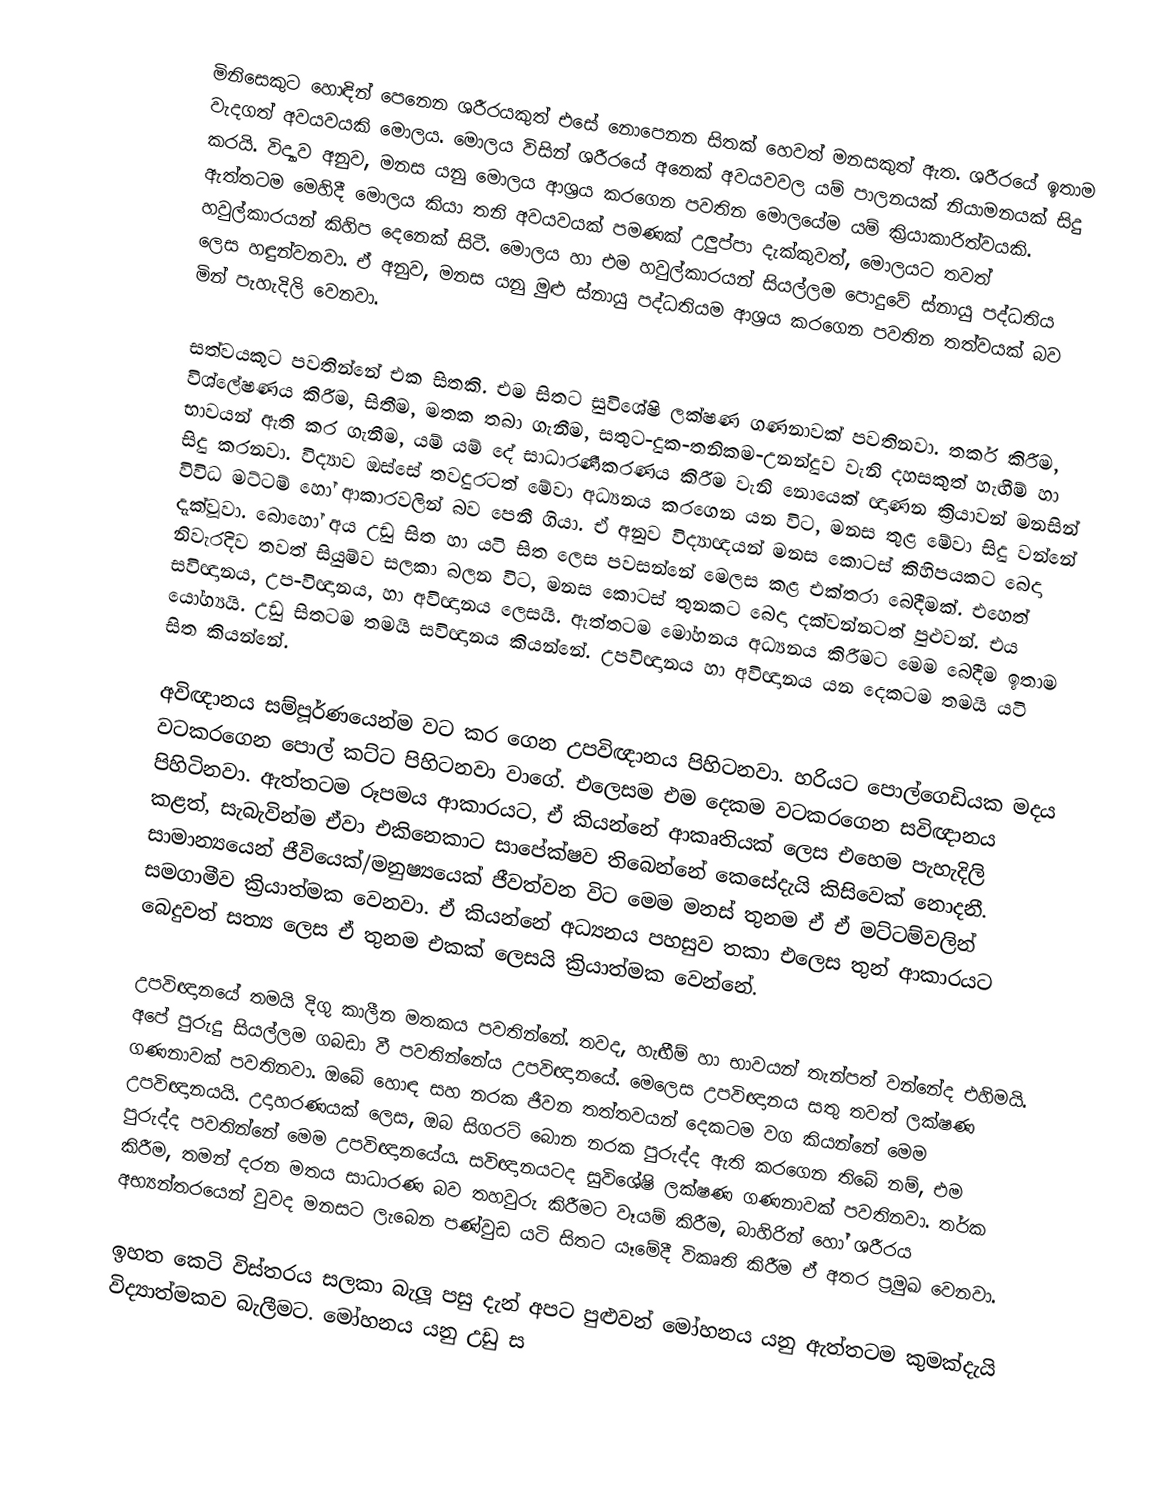
මිනිසෙකුට හොඳින් පෙනෙන ශරීරයකුත් එසේ නොපෙනන සිතක් හෙවත් මනසකුත් ඇත. ශරීරයේ ඉතාම වැදගත් අවයවයකි මොලය. මොලය විසින් ශරීරයේ අනෙක් අවයවවල යම් පාලනයක් නියාමනයක් සිදු කරයි. විද්‍යාව අනුව, මනස යනු මොලය ආශ්‍රය කරගෙන පවතින මොලයේම යම් ක්‍රියාකාරිත්වයකි. ඇත්තටම මෙහිදී මොලය කියා තනි අවයවයක් පමණක් උලුප්පා දැක්කුවත්, මොලයට තවත් හවුල්කාරයන් කිහිප දෙනෙක් සිටී. මොලය හා එම හවුල්කාරයන් සියල්ලම පොදුවේ ස්නායු පද්ධතිය ලෙස හඳුන්වනවා. ඒ අනුව, මනස යනු මුළු ස්නායු පද්ධතියම ආශ්‍රය කරගෙන පවතින ‍තත්වයක් බව මින් පැහැදිලි වෙනවා.

සත්වයකුට පවතින්නේ එක සිතකි. එම සිතට සුවිශේෂි ලක්ෂණ ගණනාවක් පවතිනවා. තර්ක කිරීම, විශ්ලේෂණය කිරීම, සිතීම, මතක තබා ගැනීම, සතුට-දුක-තනිකම-උනන්දුව වැනි දහසකුත් හැඟීම් හා භාවයන් ඇති කර ගැනීම, යම් යම් දේ සාධාරණීකරණය කිරීම වැනි නොයෙක් ඥාණන ක්‍රියාවන් මනසින් සිදු කරනවා. විද්‍යාව ඔස්සේ තවදුරටත් මේවා අධ්‍යනය කරගෙන යන විට, මනස තුළ මේවා සිදු වන්නේ විවිධ මට්ටම් හෝ ආකාරවලින් බව පෙනී ගියා. ඒ අනුව විද්‍යාඥයන් මනස කොටස් කිහිපයකට බෙදා දැක්වූවා. බොහෝ අය උඩු සිත හා යටි සිත ලෙස පවසන්නේ මෙලස කළ එක්තරා බෙදීමක්. එහෙත් නිවැරදිව තවත් සියුම්ව සලකා බලන විට, මනස කොටස් තුනකට බෙදා දක්වන්නටත් පුළුවන්. එය සවිඥානය, උප-විඥානය, හා අවිඥානය ලෙසයි. ඇත්තටම මෝහනය අධ්‍යනය කිරීමට මෙම බෙදීම ඉතාම යෝග්‍යයි. උඩු සිතටම තමයි සවිඥානය කියන්නේ. උපවිඥානය හා අවිඥානය යන දෙකටම තමයි යටි සිත කියන්නේ.

අවිඥානය සම්පූර්ණයෙන්ම වට කර ගෙන උපවිඥානය පිහිටනවා. හරියට පොල්ගෙඩියක මදය වටකරගෙන පොල් කට්ට පිහිටනවා වාගේ. එලෙසම එම දෙකම වටකරගෙන සවිඥානය පිහිටිනවා. ඇත්තටම රූපමය ආකාරයට, ඒ කියන්නේ ආකෘතියක් ලෙස එහෙම පැහැදිලි කළත්, සැබැවින්ම ඒවා එකිනෙකාට සාපේක්ෂව තිබෙන්නේ කෙසේදැයි කිසිවෙක් නොදනී. සාමාන්‍යයෙන් ජීවියෙක්/මනුෂ්‍යයෙක් ජීවත්වන විට මෙම මනස් තුනම ඒ ඒ මට්ටම්වලින් සමගාමීව ක්‍රියාත්මක වෙනවා. ඒ කියන්නේ අධ්‍යනය පහසුව තකා එලෙස තුන් ආකාරයට බෙදුවත් සත්‍ය ලෙස ඒ තුනම එකක් ලෙසයි ක්‍රියාත්මක වෙන්නේ.

උපවිඥානයේ තමයි දිගු කාලීන මතකය පවතින්නේ. තවද, හැඟීම් හා භාවයන් තැන්පත් වන්නේද එහිමයි. අපේ පුරුදු සියල්ලම ගබඩා වී පවතින්නේය උපවිඥානයේ. මෙලෙස උපවිඥානය සතු තවත් ලක්ෂණ ගණනාවක් පවතිනවා. ඔබේ හොඳ සහ නරක ජීවන තත්තවයන් දෙකටම වග කියන්නේ මෙම උපවිඥානයයි. උදාහරණයක් ලෙස, ඔබ සිගරට් බොන නරක පුරුද්ද ඇති කරගෙන තිබේ නම්, එම පුරුද්ද පවතින්නේ මෙම උපවිඥානයේය. සවිඥානයටද සුවිශේෂි ලක්ෂණ ගණනාවක් පවතිනවා. තර්ක කිරීම, තමන් දරන මතය සාධාරණ බව තහවුරු කිරීමට වෑයම් කිරීම, බාහිරින් හෝ ශරීරය අභ්‍යන්තරයෙන් වුවද මනසට ලැබෙන පණ්වුඩ යටි සිතට යෑමේදී විකෘති කිරීම ඒ අතර ප්‍රමුඛ වෙනවා.

ඉහත කෙටි විස්තරය සලකා බැලූ පසු දැන් අපට පුළුවන් මෝහනය යනු ඇත්තටම කුමක්දැයි විද්‍යාත්මකව බැලීමට. මෝහනය යනු උඩු ස